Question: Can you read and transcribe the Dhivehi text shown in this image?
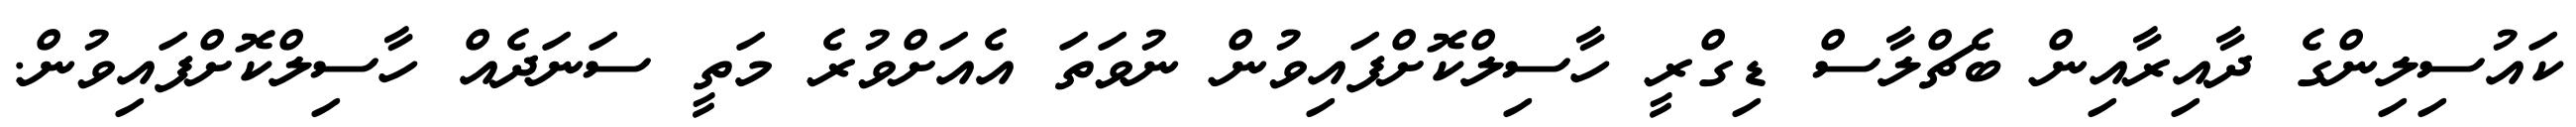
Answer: ކައުސިލިންގެ ދާއިރާއިން ބެޗްލާސް ޑިގްރީ ހާސިލްކޮށްފައިވުން ނުވަތަ އެއަށްވުރެ މަތީ ސަނަދެއް ހާސިލްކޮށްފައިވުން.